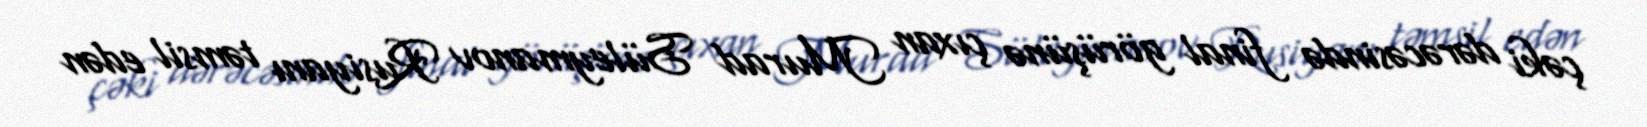
çəki dərəcəsində final görüşünə çıxan Murad Süleymanov Rusiyanı təmsil edən